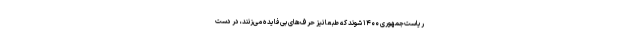
ریاست‌جمهوری ۱۴۰۰ شوند که طبعا نیز حرف‌های بی‌فایده می‌زنند، در دست